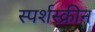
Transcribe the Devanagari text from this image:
स्पर्शस्क्रीन